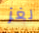
لغز